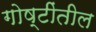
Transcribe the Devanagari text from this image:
गोष्टींतील